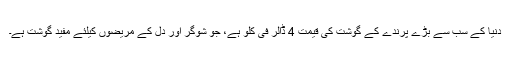
دنیا کے سب سے بڑے پرندے کے گوشت کی قیمت 4 ڈالر فی کلو ہے، جو شوگر اور دل کے مریضوں کیلئے مفید گوشت ہے۔